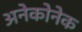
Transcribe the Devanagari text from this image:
अनेकोनेक